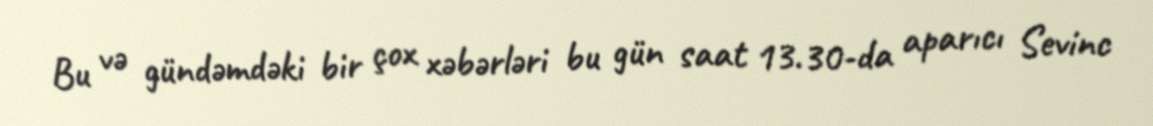
Bu və gündəmdəki bir çox xəbərləri bu gün saat 13.30-da aparıcı Sevinc